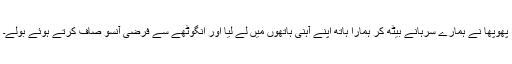
پھوپھا نے ہمارے سرہانے بیٹھ کر ہمارا ہاتھ اپنے آہنی ہاتھوں میں لے لیا اور انگوٹھے سے فرضی آنسو صاف کرتے ہوئے بولے۔